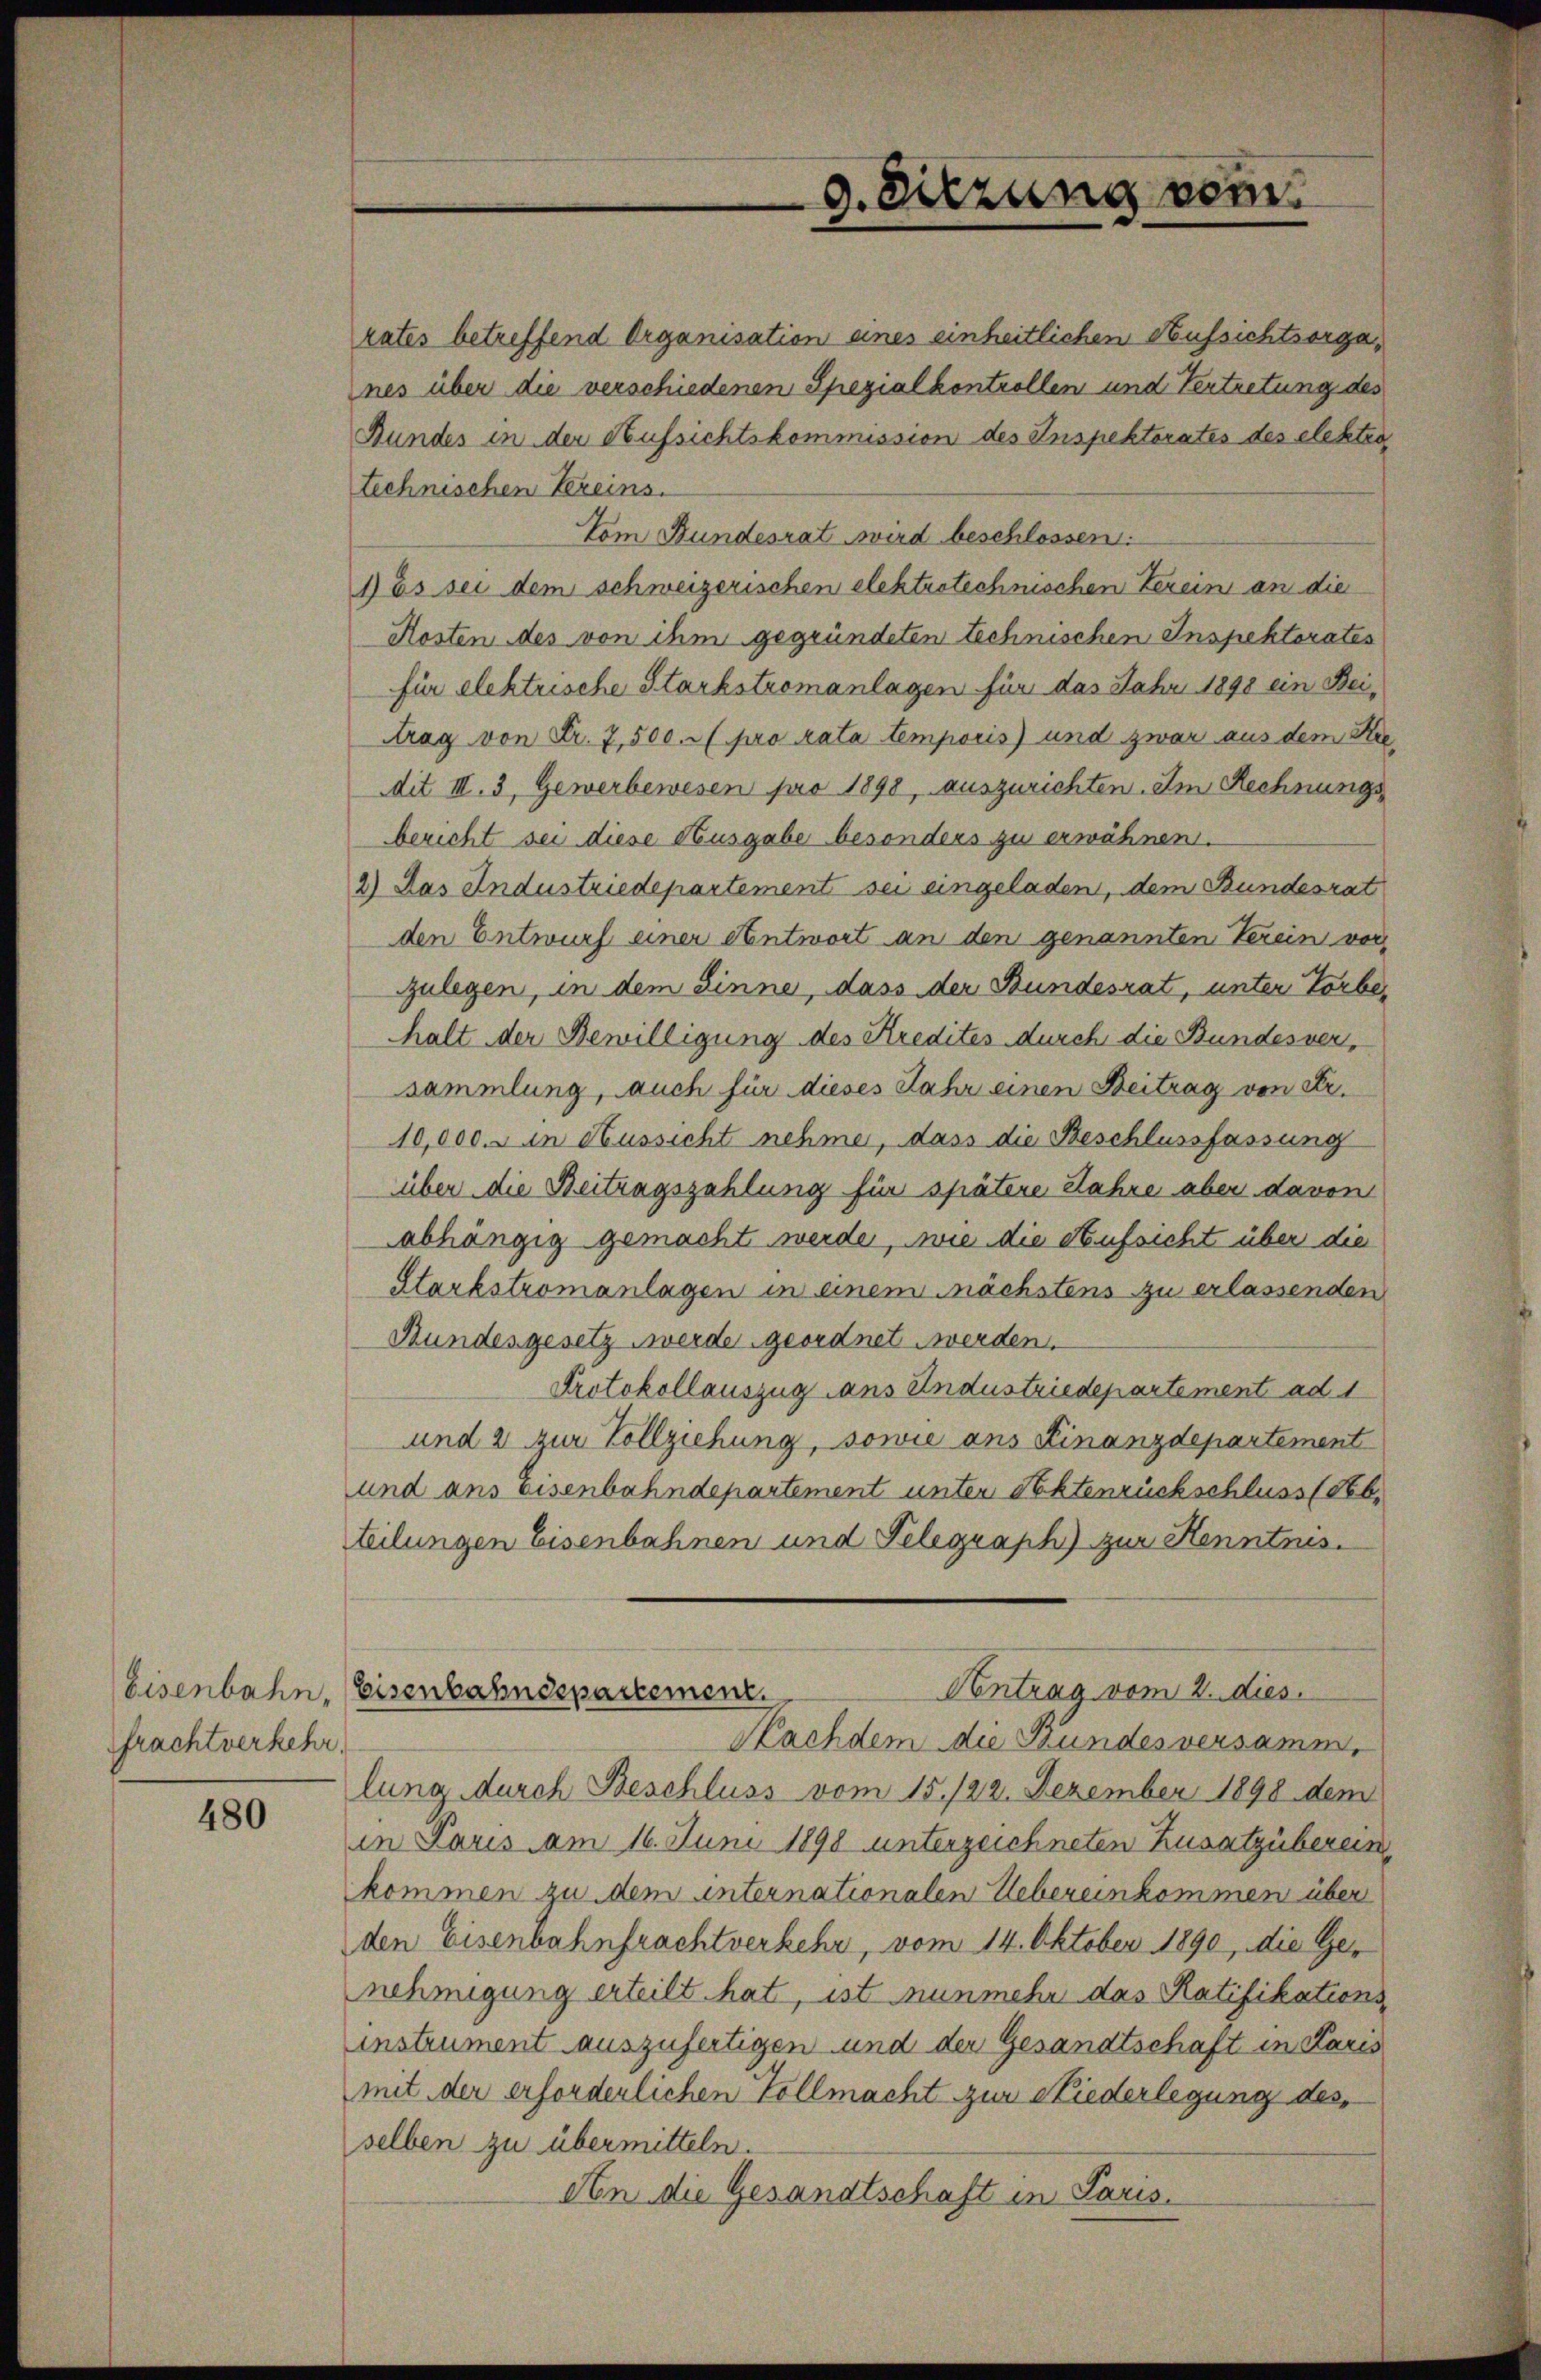
frachtverkehr.

480

rates betreffend Organisation eines einheitlichen Aufsichtsorganes über die verschiedenen Spezialkontrollen und Vertretung des
Bundes in der Aufsichtskommission des Inspektorates des elekten
technischen Vereins.
Vom Bundesrat wird beschlossen:
1) Es sei dem schweizerischen elektrotechnischen Verein an die
Kosten des von ihm gegründeten technischen Inspektorates
für elektrische Starkstromanlagen für das Jahr 1898 ein Bei¬
Atrag von Fr. 7,500. pro rata temporis) und zwar aus dem Stredit III. 3, Gewerbewesen pro 1890, auszurichten. Im Rechnungsbericht sei diese Husgabe besonders zu erwähnen.
2) Das Industriedepartement sei eingeladen, dem Bundesrat
den Entwurf einer Antwort an den genannten Verein vor
zulegen, in dem Sinne, dass der Bundesrat, unter Torbehalt der Bewilligung des Kredites durch die Bundesversammlung, auch für dieses Jahr einen Beitrag von Sr.
10,000.- in Aussicht nehme, dass die Beschlussfassung
über die Beitragszahlung für spätere Jahre aber davon
abhängig gemacht werde, wie die Aufsicht über die
Starkstromanlagen in einem nächstens zu erlassenden
Bundesgesetz werde geordnet werden.
Protokollauszug ans Industriedepartement ad 1
und 2 zur Vollziehung, sowie ans Finanzdepartement
und ans Eisenbahndepartement unter Aktenrückschluss (Feb.
teilungen Eisenbahnen und Telegraph) zur Kenntnis.
Antrag vom 2. dies
Eisenbahn, Eisenbahndepartement
Nachdem die Bundesversamm,
lung durch Beschluss vom 15./22. Dezember 1898 dem
in Paris am 16. Juni 1898 unterzeichneten Zusatzüberein
kommen zu dem unternationalen Uebereinkommen über
den Eisenbahnfrachtverkehr, vom 14. Oktober 1890, die Genehmigung erteilt hat, ist nunmehr das Ratifikations-
instrument auszufertigen und der Gesandtschaft in Paris
mit der erforderlichen Vollmacht zur Niederlegung des
selben zu übermitteln.
An die Gesandtschaft in Paris.

g. Sitzung vom